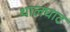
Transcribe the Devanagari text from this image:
थालघाट